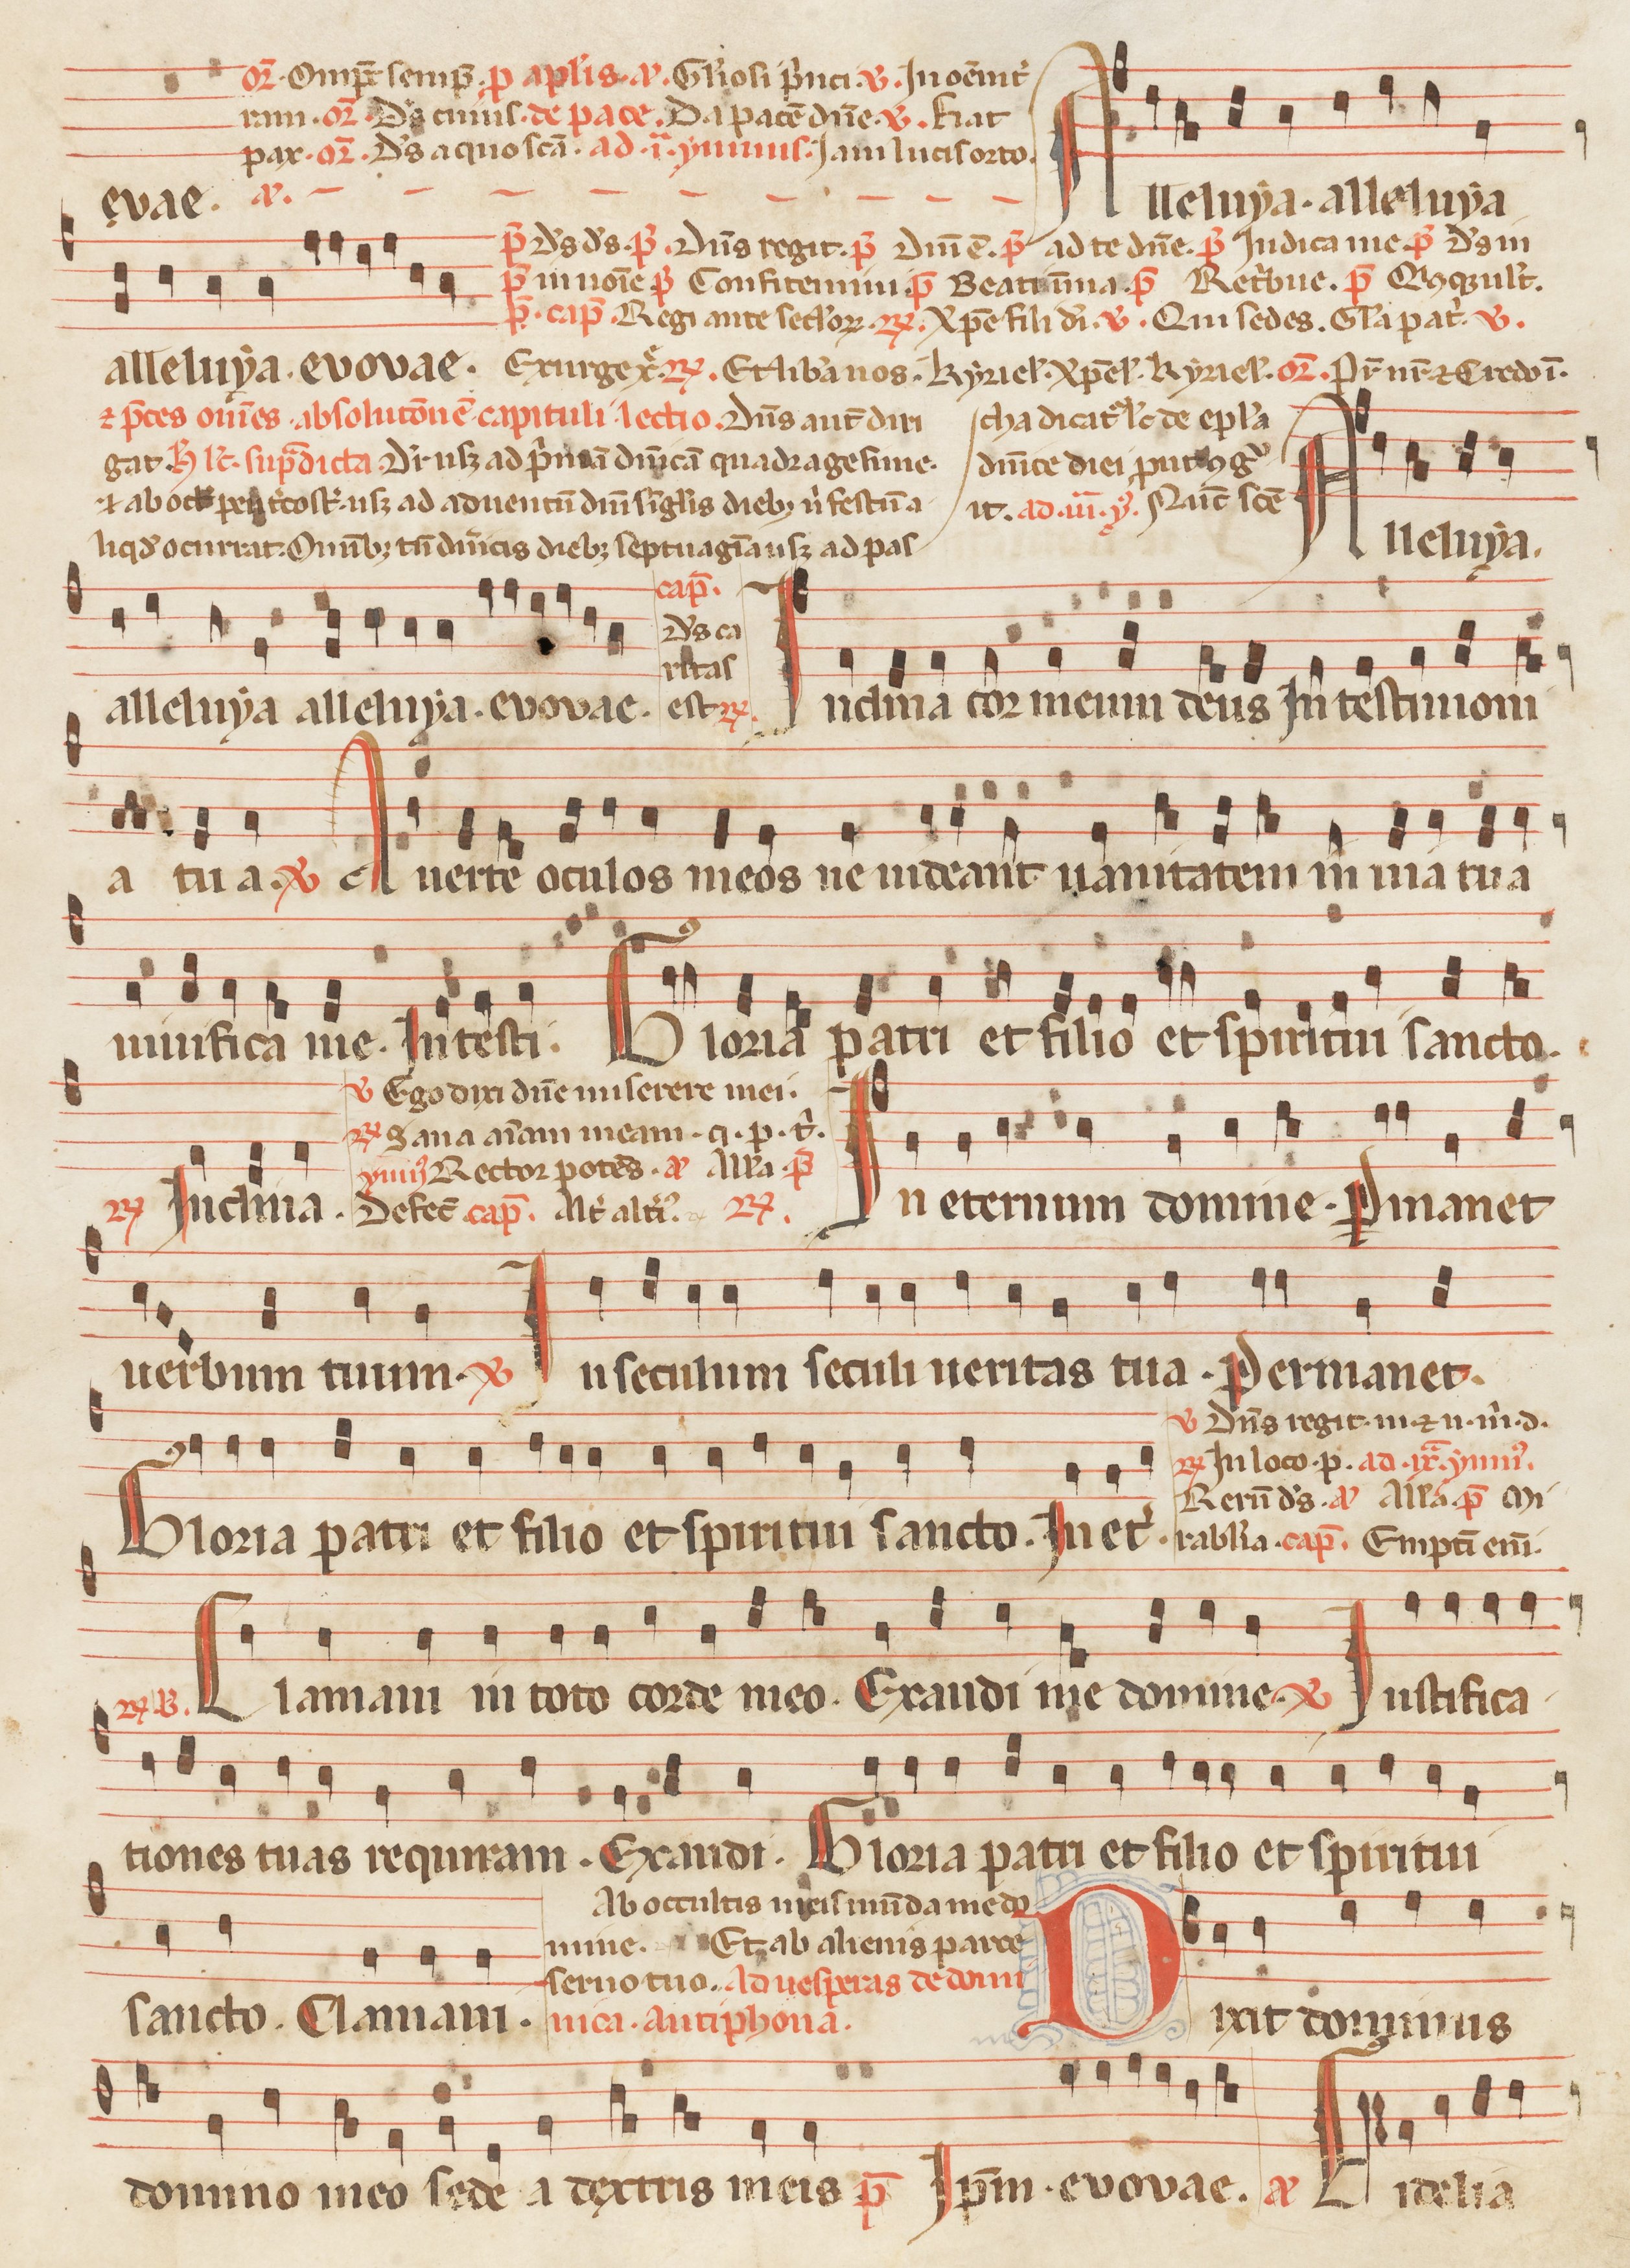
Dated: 1260–1315